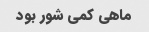
ماهی کمی شور بود